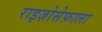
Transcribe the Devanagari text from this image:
राइज़ोसेफ़ाला